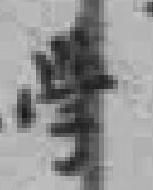
学